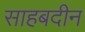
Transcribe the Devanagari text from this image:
साहबदीन